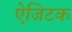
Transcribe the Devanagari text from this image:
ऐजिटक